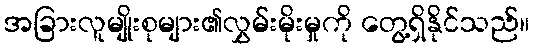
အခြားလူမျိုးစုများ၏လွှမ်းမိုးမှုကို တွေ့ရှိနိုင်သည်။